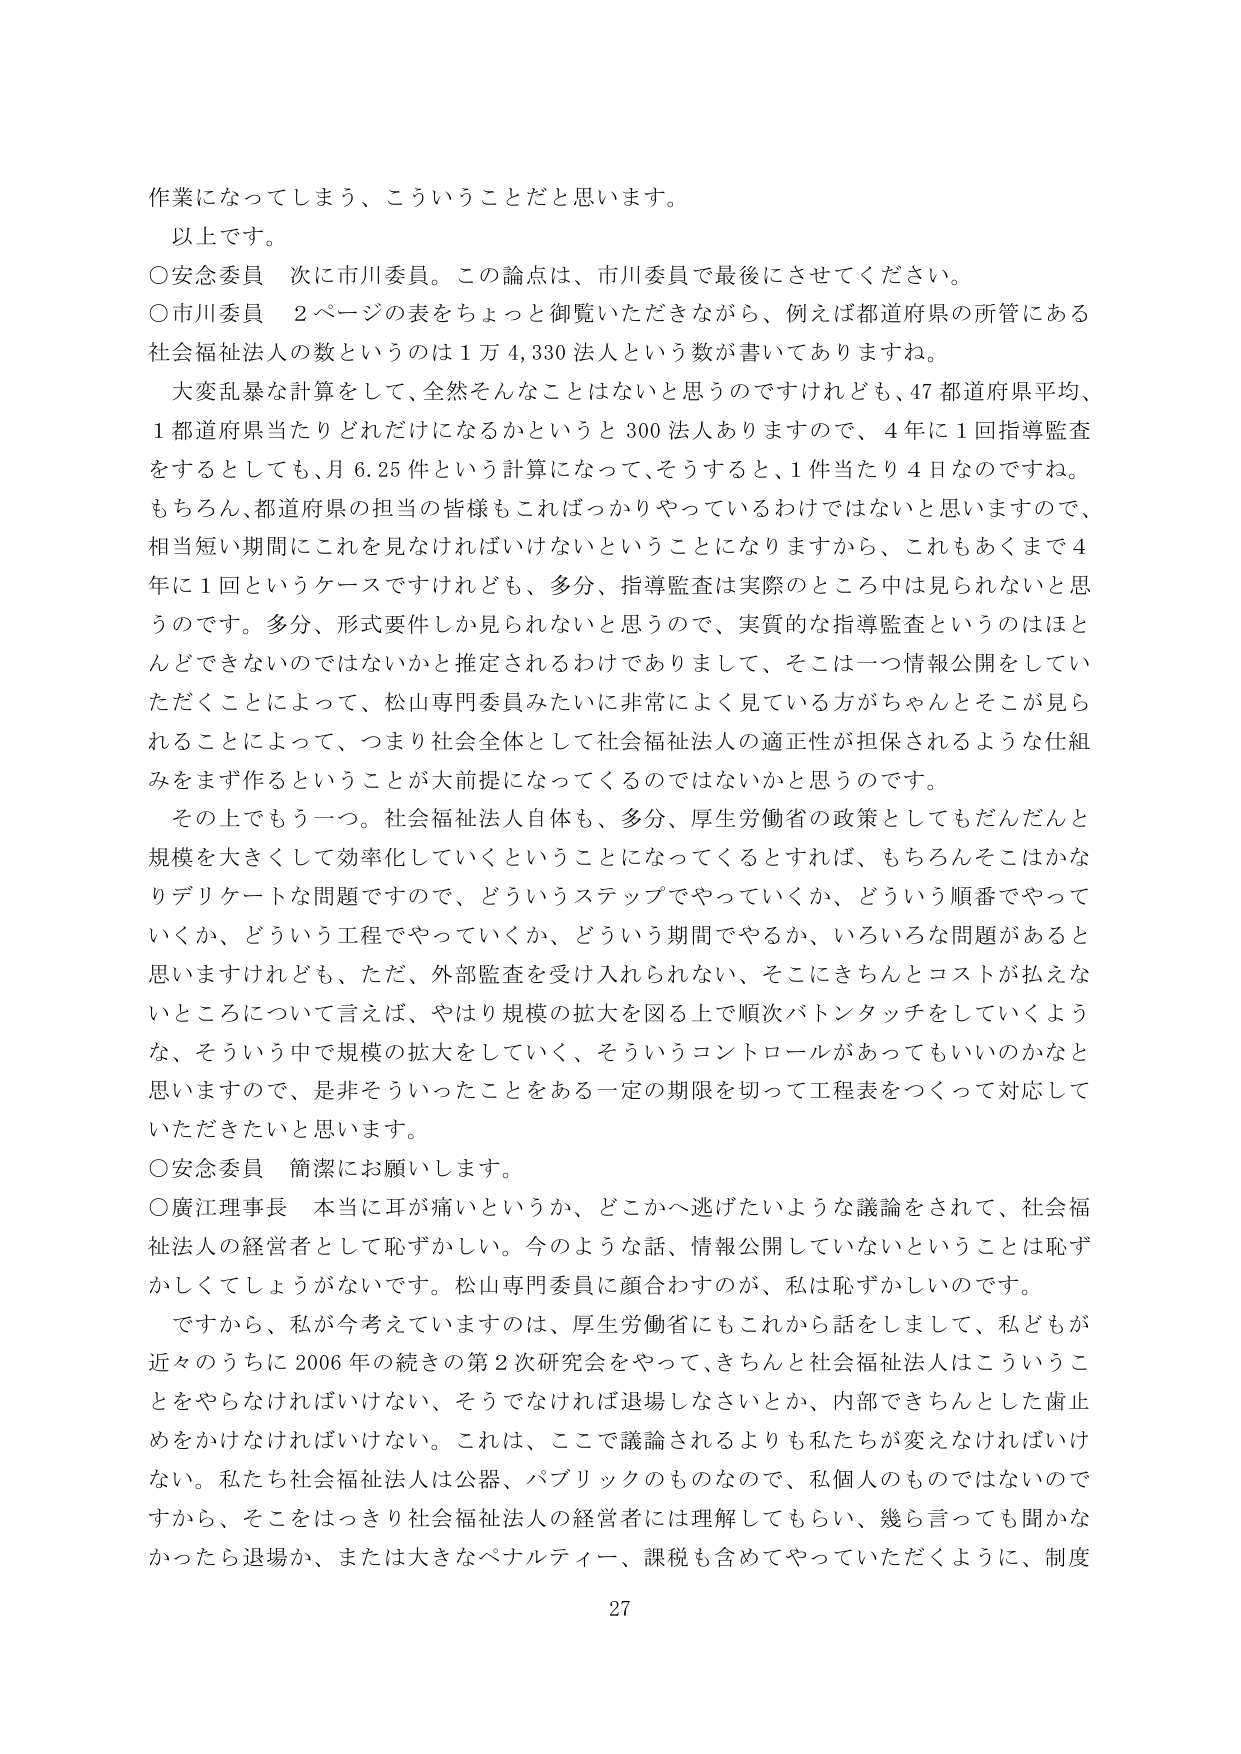
作業になってしまう、こういうことだと思います。
以上です。
○安念委員　次に市川委員。この論点は、市川委員で最後にさせてください。
○市川委員　2ページの表をちょっと御覧いただきながら、例えば都道府県の所管にある
社会福祉法人の数というのは1万4,330法人という数が書いてありますね。
大変乱暴な計算をして、全然そんなことはないと思うのですけれども、47都道府県平均、
1都道府県当たりどれだけになるかというと300法人ありますので、4年に1回指導監査
をするとしても、月6.25件という計算になって、そうすると、1件当たり4日なのですね。
もちろん、都道府県の担当の皆様もこればっかりやっているわけではないと思いますので、
相当短い期間にこれを見なければならないということになりますから、これもあくまで4
年に1回というケースですけれども、多分、指導監査は実際のところでは見られないと思
うのです。多分、形式要件しか見られないと思うので、実質的な指導監査というのはほと
んどできないのではないかと推定されるわけでありますして、そこは一つ情報公開をしてい
ただくことによって、松山専門委員みたいに非常によく見ている方がちゃんとそこが見ら
れることによって、つまり社会全体として社会福祉法人の適正性が担保されるような仕組
みをまず作るということが大前提になってくるのではないかと思うのです。
その上でもう一つ。社会福祉法人自体も、多分、厚生労働省の政策としてもだんだんと
規模を大きくして効率化していくということになってくるとすれば、もちろんそこはかな
りデリケートな問題ですので、どういうステップでやっていくか、どういう順番でやって
いくか、どういう工程でやっていくか、どういう期間でやるか、いろいろな問題があると
思いますけれども、ただ、外部監査を受け入れられない、そこにきちんとコストが払えな
いところについて言えば、やはり規模の拡大を図る上で順次バトンタッチをしていくよう
な、そういう中で規模の拡大をしていく、そういうコントロールがあってもいいのかなと
思いますので、是非そういったことをある一定の期限を切って工程表をつくって対応して
いただきたいと思います。
○安念委員　簡潔にお願いします。
○廣江理事長　本当に耳が痛いというか、どこかへ逃げたいような議論をされて、社会福
祉法人の経営者として恥ずかしい。今のような話、情報公開していないということは恥ず
かしくてしょうがないです。松山専門委員に顔合わすのが、私は恥ずかしいのです。
ですから、私が今考えていますのは、厚生労働省にもこれから話をしまして、私どもが
近々のうちに2006年の続きの第2次研究会をやって、きちんと社会福祉法人こういうこ
とをやらなければならない、そうでなければ退場しなさいとか、内部できちんとした歯止
めをかけなければならない。これは、ここで議論されるよりも私たちが変えなければいけ
ない。私たち社会福祉法人は公器、パブリックのものなので、私個人のものではないので
すから、そこをはっきり社会福祉法人の経営者には理解してもらい、幾ら言っても聞かな
かったら退場か、または大きなペナルティー、課税も含めてやっていただくように、制度
27